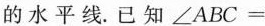
的水平线。已知$$∠ A B C =